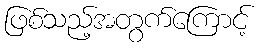
ဖြစ်သည့်အတွက်ကြောင့်